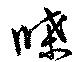
牒